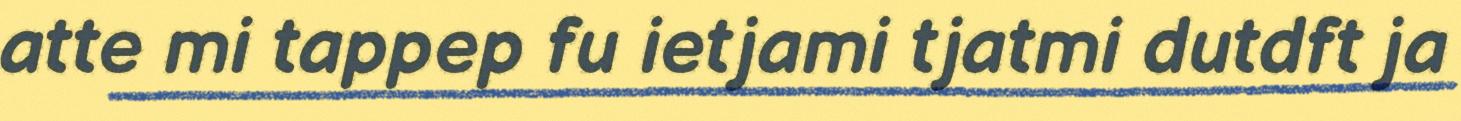
atte mi tappep fu ietjami tjatmi dutdft ja